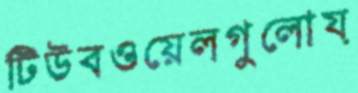
টিউবওয়েলগুলোয়